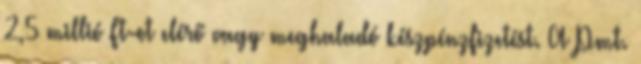
2,5 millió Ft-ot elérő vagy meghaladó készpénzfizetést. A Pmt.